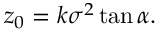
z _ { 0 } = k \sigma ^ { 2 } \tan \alpha .